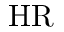
\mathrm { H R }